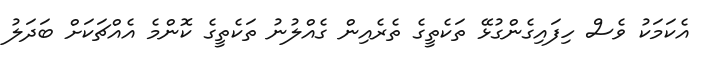
އެކަމަކު ވެސް ހިފައިގެންގުޅޭ ތަކެތީގެ ތެރެއިން ގެއްލުނު ތަކެތީގެ ކޮންމެ އެއްޗަކަށް ބަދަލު